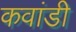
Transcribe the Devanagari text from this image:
कवांडी